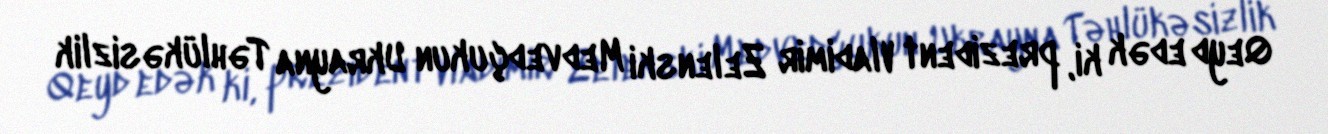
Qeyd edək ki, prezident Vladimir Zelenski Medvedçukun Ukrayna Təhlükəsizlik